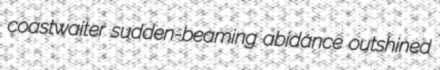
coastwaiter sudden-beaming abidance outshined